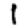
Digit: 1